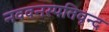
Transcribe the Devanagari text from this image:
नववनस्पतिवृन्द